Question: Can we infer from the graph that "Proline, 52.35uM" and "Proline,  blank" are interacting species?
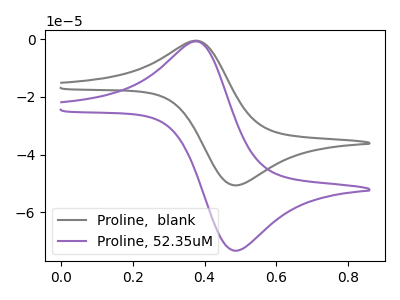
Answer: <think>The gray curve "Proline,  blank" has an anodic peak at (0.40V, -0.55uA) and a cathodic peak at (0.50V, -50.65uA). The purple curve "Proline, 52.35uM" has an anodic peak at (0.40V, -0.80uA) and a cathodic peak at (0.50V, -73.30uA).
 All the peaks in "Proline, 52.35uM" have a peak in "Proline,  blank" at the same potential.</think>
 <answer>No, "Proline, 52.35uM" and "Proline,  blank" don't appear to be significantly different in shape</answer>
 <eval>no_change</eval>